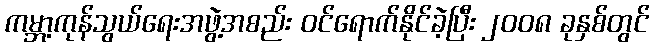
ကမ္ဘာ့ကုန်သွယ်ရေးအဖွဲ့အစည်း ဝင်ရောက်နိုင်ခဲ့ပြီး ၂၀၀၈ ခုနှစ်တွင်